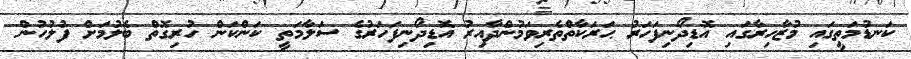
ކަނޑުމަތީގައި މުޒާހިރާގައި އޮޑިދޯނިފަހަރު ޙަރަކާތްތެރިވަމުންދާއިރު އޮޑިދޯނިފަހަރުގެ ސަލާމަތީ ކަންކަން ހުރިގޮތް ބެލުމަށް ފުލުހުން